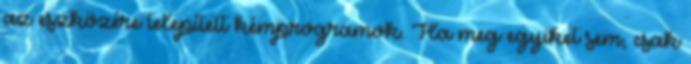
az eszközére telepített kémprogramok. Ha meg egyiket sem, csak